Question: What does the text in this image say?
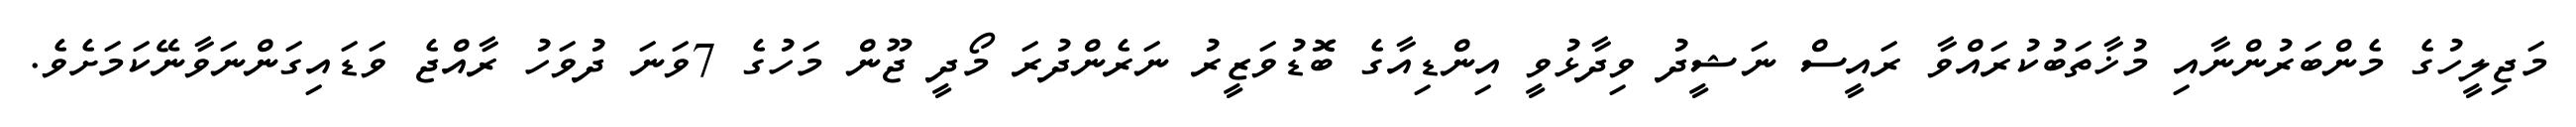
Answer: މަޖިލީހުގެ މެންބަރުންނާއި މުޚާތަބުކުރައްވާ ރައީސް ނަޝީދު ވިދާޅުވީ އިންޑިއާގެ ބޮޑުވަޒީރު ނަރެންދުރަ މޯދީ ޖޫން މަހުގެ 7ވަނަ ދުވަހު ރާއްޖެ ވަޑައިގަންނަވާނޭކަމަށެވެ.